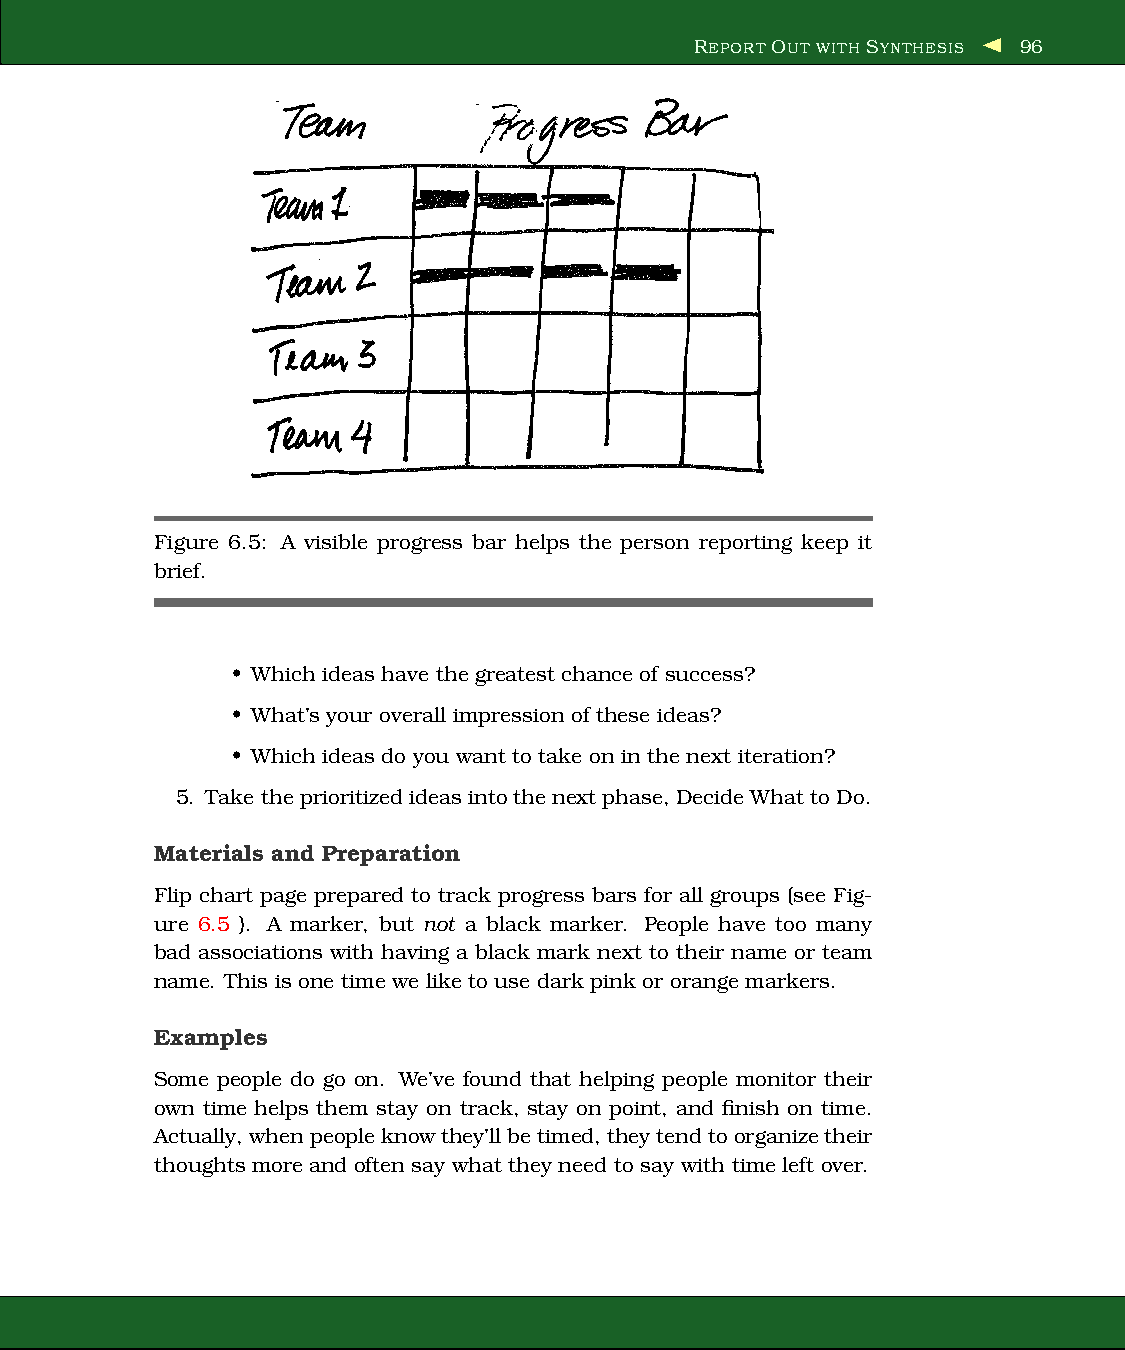
REPORT OUT WITH SYNTHESIS 96
 Figure 6.5: A visible progress bar helps the person reporting keep it
 brief.
 • Which ideas have the greatest chance of success?
 • What’s your overall impression of these ideas?
 • Which ideas do you want to take on in the next iteration?
 5. Take theprioritizedideas intothenext phase, Decide What to Do.
 Materials and Preparation
 Flip chart page prepared to track progress bars for all groups (see Fig-
 ure 6.5 ). A marker, but not a black marker. People have too many
 bad associations with having a black mark next to their name or team
 name. This is one time we like to use dark pink or orange markers.
 Examples
 Some people do go on. We’ve found that helping people monitor their
 own time helps them stay on track, stay on point, and finish on time.
 Actually,whenpeopleknow they’llbetimed,theytendtoorganizetheir
 thoughts more and often say what they need to say with time left over.